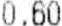
0.60